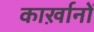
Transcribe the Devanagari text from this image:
कार्ख़ानों